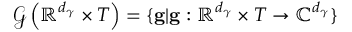
\begin{array} { r } { \mathcal { G } \left( \mathbb { R } ^ { d _ { \gamma } } \times T \right) = \{ \mathbf { g } \vert \mathbf { g } : \mathbb { R } ^ { d _ { \gamma } } \times T \rightarrow \mathbb { C } ^ { d _ { \gamma } } \} } \end{array}